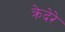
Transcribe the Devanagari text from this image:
क्रेदेरे